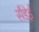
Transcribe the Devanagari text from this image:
सैंडेई